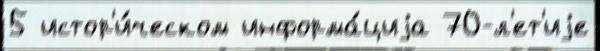
5 истор'и́ческом информа́циjа 70-л'ет'иjе